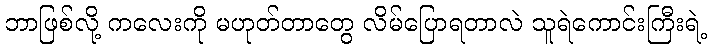
ဘာဖြစ်လို့ ကလေးကို မဟုတ်တာတွေ လိမ်ပြောရတာလဲ သူရဲကောင်းကြီးရဲ့